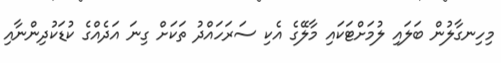
މިހިނގާލުން ބަލައި ލުމަށްޓަކައި މާލޭގެ އެކި ސަރަހައްދު ތަކަށް ގިނަ އަދެއްގެ ކުޑަކުދިންނާއި